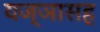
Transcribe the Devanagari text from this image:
यज्ञासह